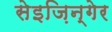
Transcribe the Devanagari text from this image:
सेइज़िन्गेर